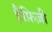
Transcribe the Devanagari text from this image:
हैफ़िज़ी